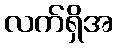
လက်ရှိအ